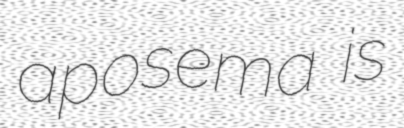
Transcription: aposema is